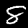
Digit: 8